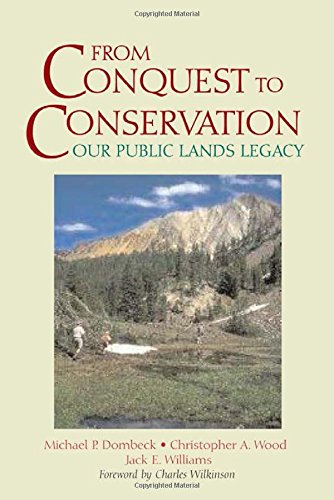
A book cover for From Conquest to Conservation: Our Public Lands Legacy; Michael  P. Dombeck; Law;